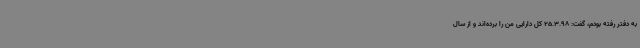
به دفتر رفته بودم، گفت: 25.3.98 کل دارایی من را برده‌اند و از سال